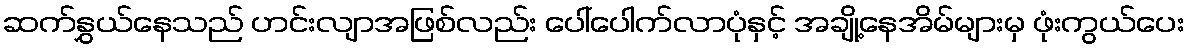
ဆက်နွှယ်နေသည် ဟင်းလျာအဖြစ်လည်း ပေါ်ပေါက်လာပုံနှင့် အချို့နေအိမ်များမှ ဖုံးကွယ်ပေး